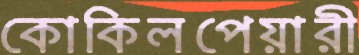
কোকিলপেয়ারী